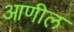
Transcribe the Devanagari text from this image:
आणील